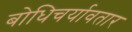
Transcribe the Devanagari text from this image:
बोधिचर्यावतार